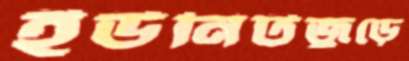
ইউনিটজুড়ে